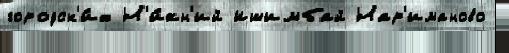
городск'и́х Н'и́жн'ий Ишимбай Нар'иманово